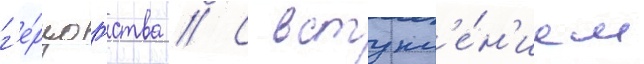
г'е́рцогства // С вступл'е́н'ием